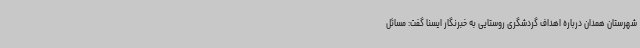
شهرستان همدان درباره اهداف گردشگری روستایی به خبرنگار ایسنا گفت: مسائل